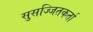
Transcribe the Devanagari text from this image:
सुसज्जितकर्ता